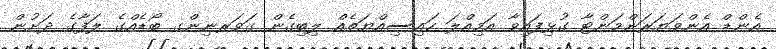
އެންޑް އެންވަޔަރަންމަންޓާ ގުޅިފައިވާ އަމިއްލަ ހައިސިއްޔަތެއް ލިބިގެން ގަވަރނިންގ ބޯޑެއްގެ ލަފާގެ ދަށުން